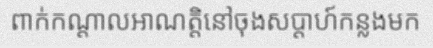
ពាក់កណ្តាលអាណត្តិនៅចុងសប្តាហ៍កន្លងមក